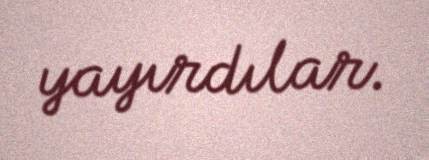
yayırdılar.